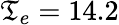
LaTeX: \mathfrak{T}_{e}=14.2